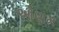
ઓણમ